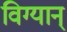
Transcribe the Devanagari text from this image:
विग्यान्